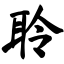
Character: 聆